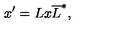
x ^ { \prime } = L x \overline { { L } } ^ { * } ,